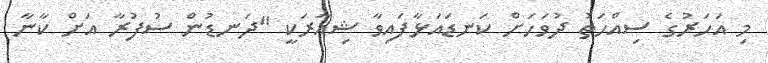
މި އަހަރުގެ ސިއްހަތު ދުވަހަށް ކަނޑައަޅާފައިވާ ޝިއާރަކީ "ދަނޑުން ސުފުރާ އަށް ކާނާ